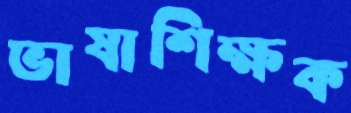
ভাষাশিক্ষক